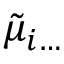
\tilde { \mu } _ { i \ldots }